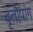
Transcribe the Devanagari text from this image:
वृंतोपांग